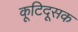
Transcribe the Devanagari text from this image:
कूटिदूसक